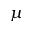
\mu